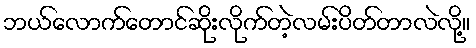
ဘယ်လောက်တောင်ဆိုးလိုက်တဲ့လမ်းပိတ်တာလဲလို့။